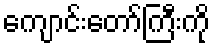
ကျောင်းတော်ကြီးကို